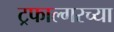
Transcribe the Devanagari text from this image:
ट्रफाल्गरच्या